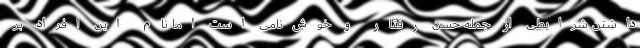
داشتن شرایطی از جمله حسن رفتار و خوش‌نامی است اما نام این افراد بر